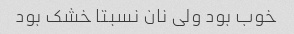
خوب بود ولی نان نسبتا خشک بود